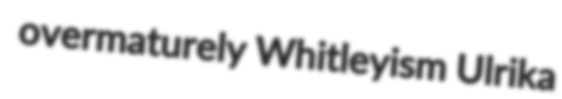
overmaturely Whitleyism Ulrika